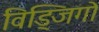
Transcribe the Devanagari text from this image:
विड्जिगो